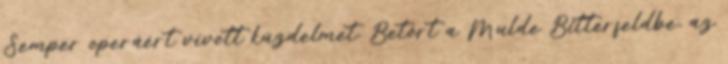
Semper operáért vívott küzdelmet. Betört a Mulde Bitterfeldbe, az